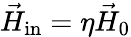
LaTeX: {\vec{H}}_{\mathrm{in}}=\eta{\vec{H}}_{0}